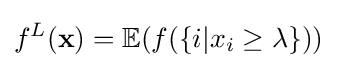
f^{L}(\mathbf {x} )=\mathbb {E} (f(\{i|x_{i}\geq \lambda \}))